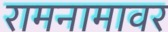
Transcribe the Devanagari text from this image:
रामनामावर